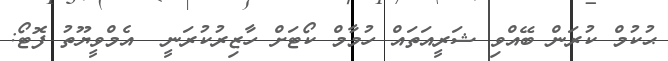
ޙުކުމް ކުރަން ބޭއްވި ޝަރީއަތައް ހުމާމް ކޯޓަށް ހާޒިރުކުރަނީ  އެމްވީޔޫތު ފޮޓޯ: